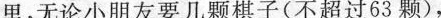
里，无论小朋友要几颗棋子(不超过63颗)，